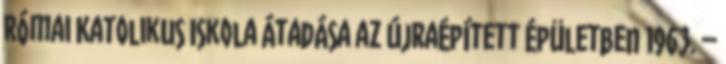
Római Katolikus Iskola átadása az újraépített épületben 1963. –